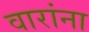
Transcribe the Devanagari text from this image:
वारांना